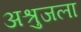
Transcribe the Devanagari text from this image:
अश्रुजला